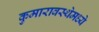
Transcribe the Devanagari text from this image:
कुमारावस्थेमध्ये